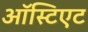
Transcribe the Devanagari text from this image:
ऑस्टिएट